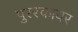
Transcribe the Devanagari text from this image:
पुरस्कायर